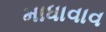
માધાવાવ